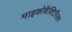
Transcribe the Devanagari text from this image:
माइकोबैक्टिरिअम